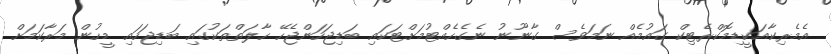
އެމެރިކާއަކީޑިމޮކްރެޓިކް ގައުމެއް ނަމަވެސް ގާނޫނު ނެގެހެއްޓުމަށްޓަކައި ބަޑިޖަހަންޖެހޭ ހާލަތްތަކުގައި ބަޑިޖަހައި މީހުން މަރާކަމަށް